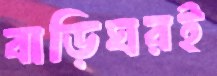
বাড়িঘরই